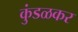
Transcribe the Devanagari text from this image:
कुंडळकर